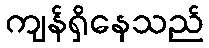
ကျန်ရှိနေသည်